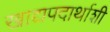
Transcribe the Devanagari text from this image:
खाद्यपदार्थाशी